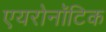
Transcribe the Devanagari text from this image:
एयरोनॉटिक